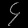
Digit: ၄